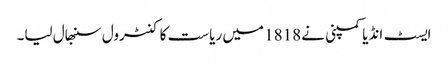
ایسٹ انڈیا کمپنی نے 1818 میں ریاست کا کنٹرول سنبھال لیا۔